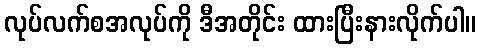
လုပ်လက်စအလုပ်ကို ဒီအတိုင်း ထားပြီးနားလိုက်ပါ။